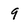
Character: 9